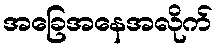
အခြေအနေအလိုက်